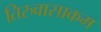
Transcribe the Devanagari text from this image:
तिरुवासाकम